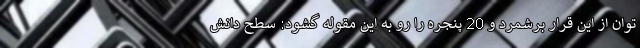
توان از این قرار برشمرد و 20 پنجره را رو به این مقوله گشود: سطح دانش